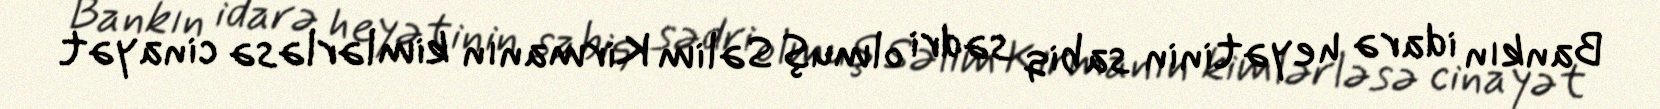
Bankın idarə heyətinin sabiq sədri olmuş Səlim Kirmanın kimlərləsə cinayət